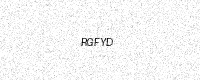
Text: RGFYD